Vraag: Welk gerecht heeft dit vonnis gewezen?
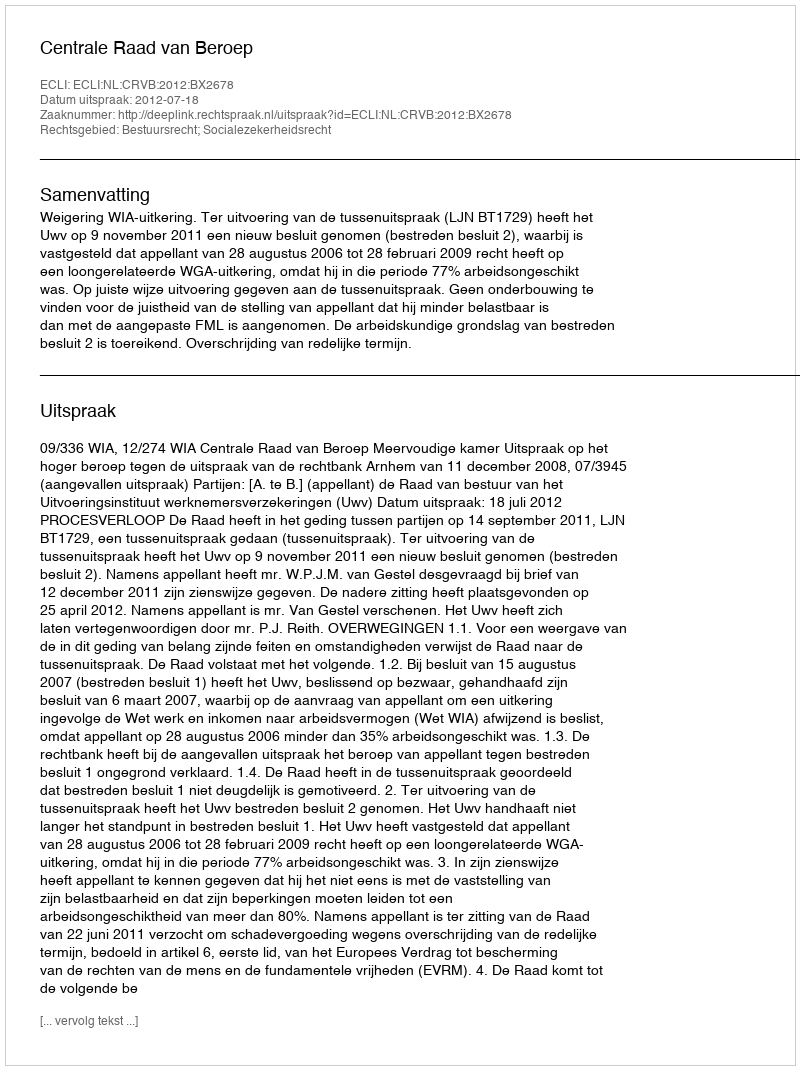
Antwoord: Centrale Raad van Beroep